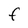
Character: F